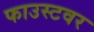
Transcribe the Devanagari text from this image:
फाउस्टवर